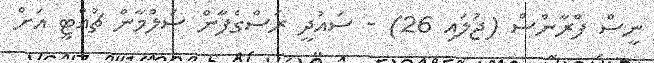
ނީސް ފްރާންސް (ޖުލައި 26) - ސައުދީ ރަސްގެފާން ސަލްމާން ޗުއްޓީ އަށް